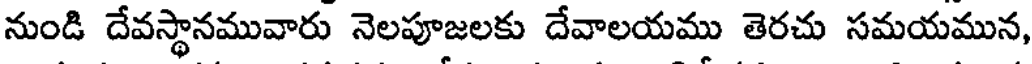
నుండి దేవస్థానమువారు నెలపూజలకు దేవాలయము తెరచు సమయమున,